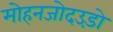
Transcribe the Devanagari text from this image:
मोहनजोदउड़ो